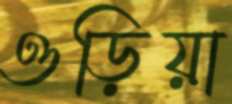
ওড়িয়া